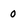
Character: 0